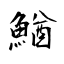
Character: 鰌